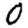
Digit: 0